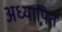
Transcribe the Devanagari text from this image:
अध्यापित